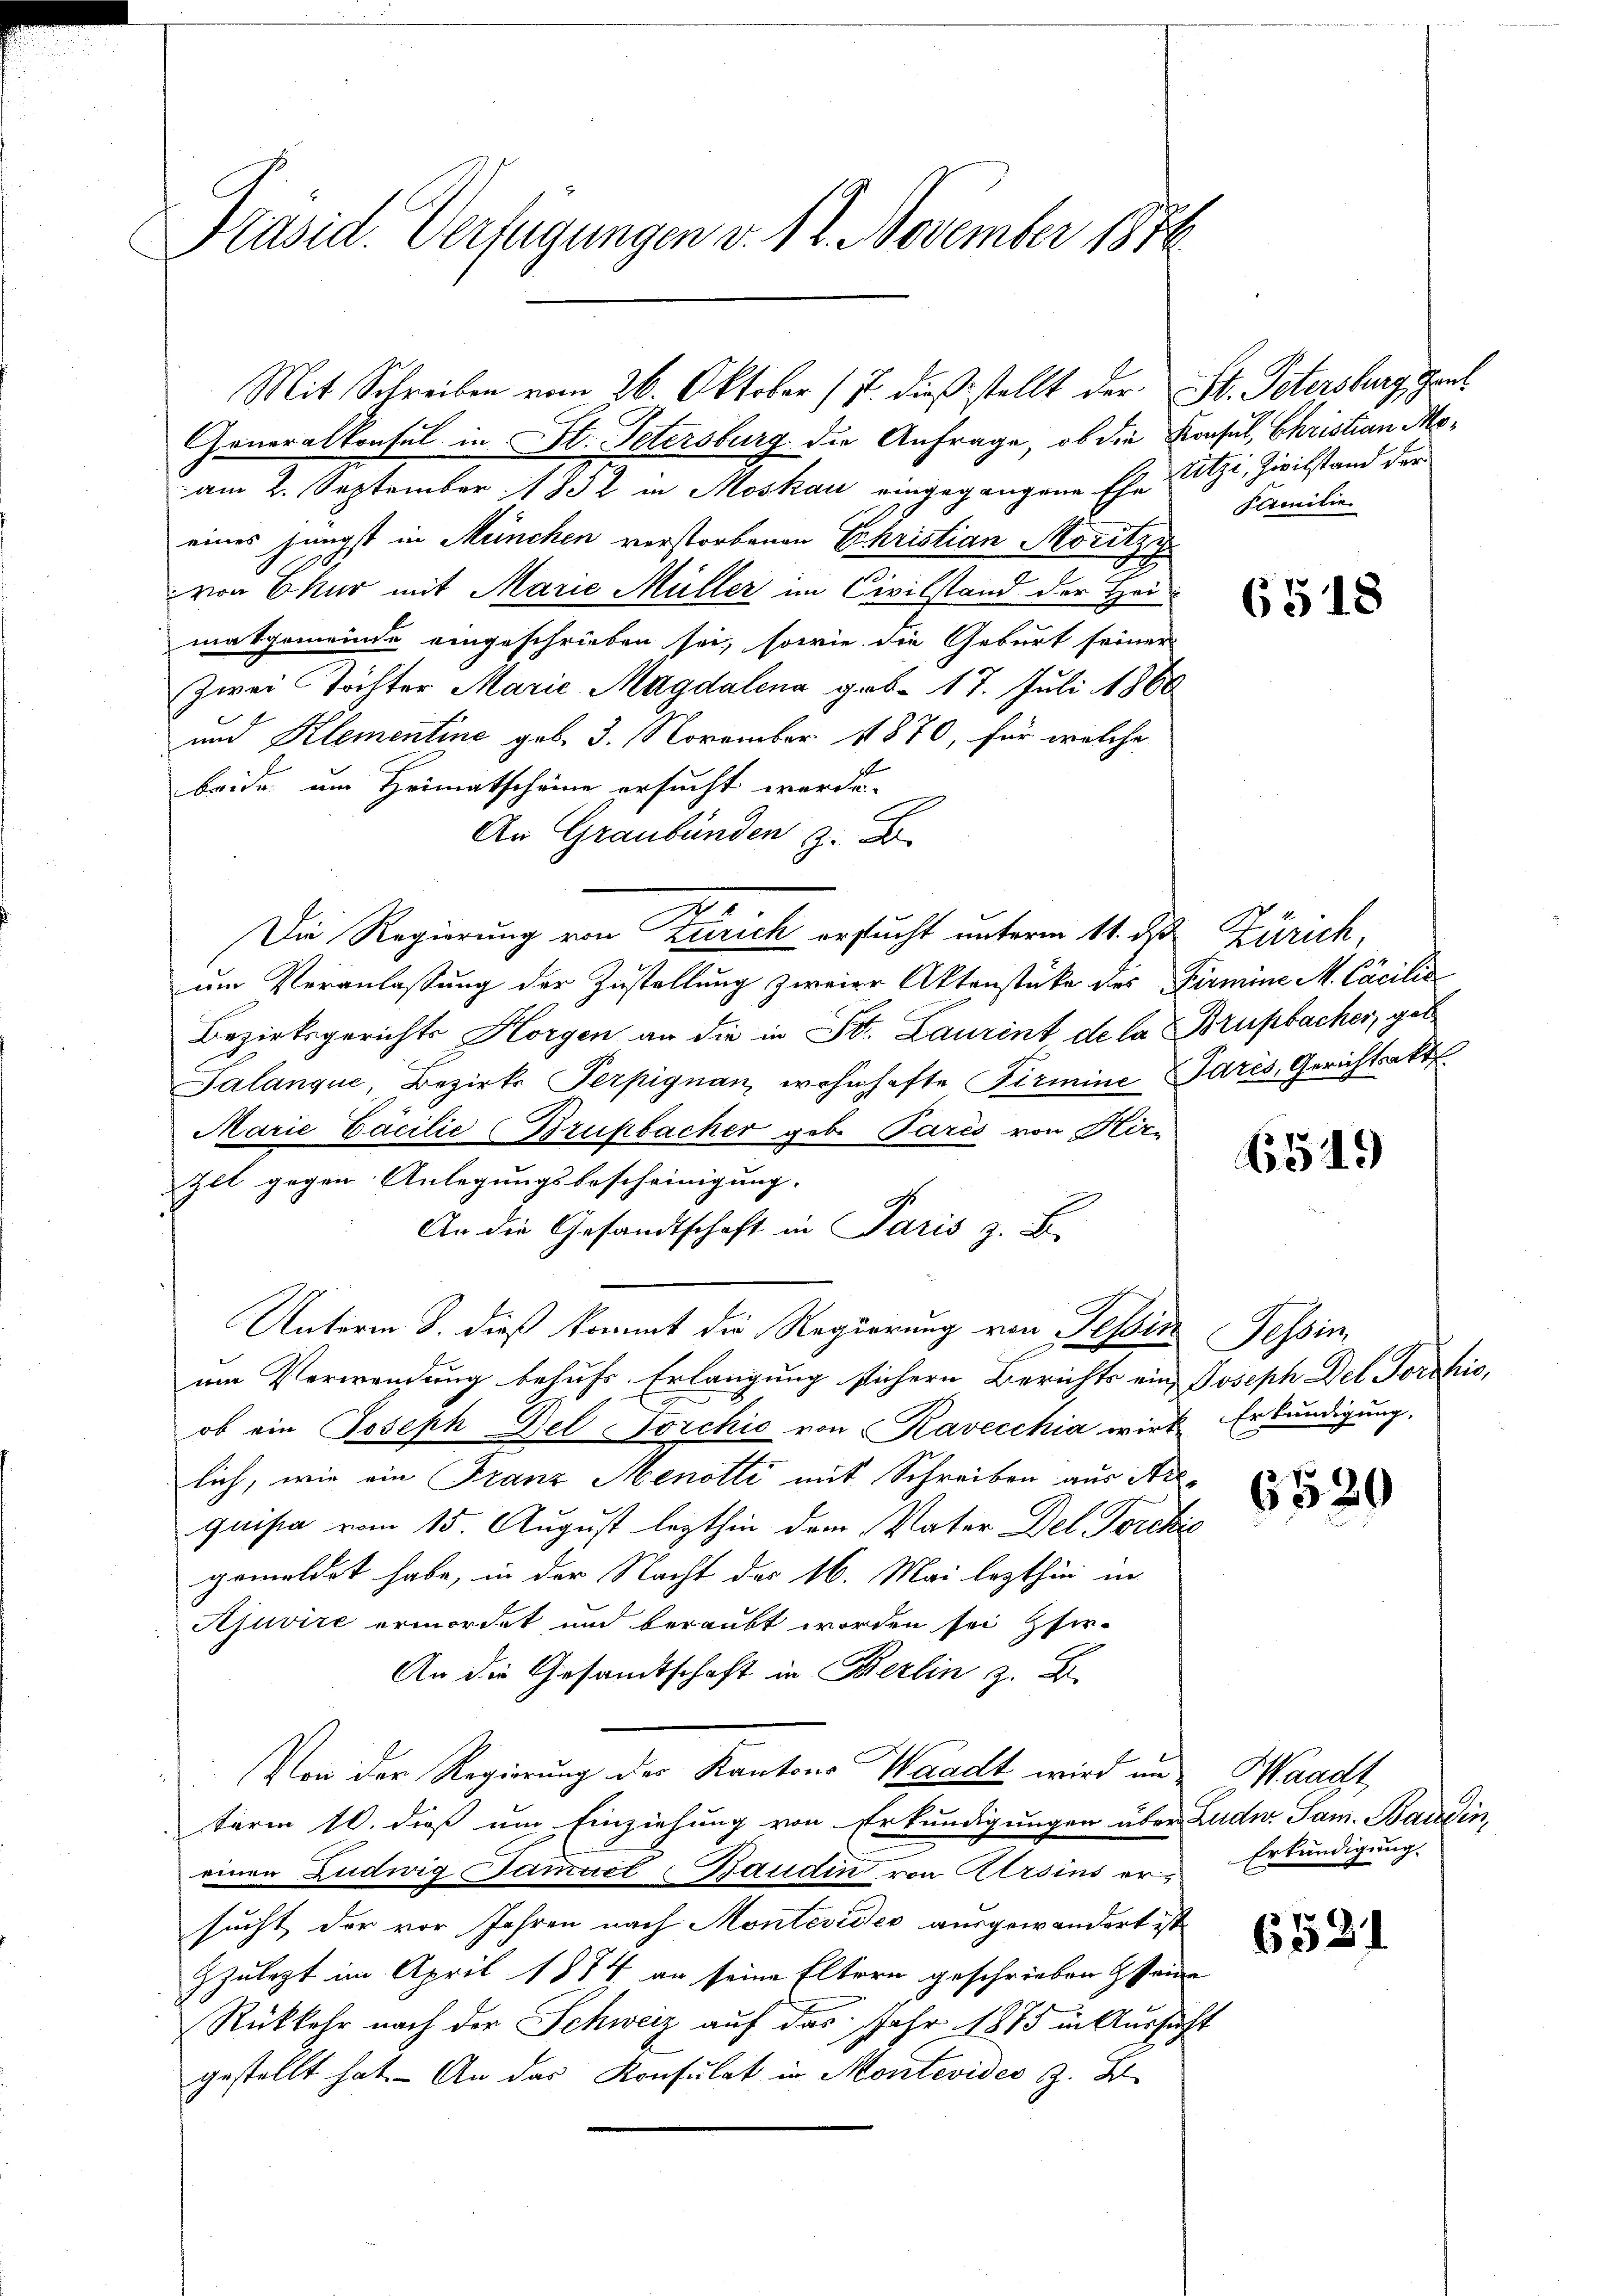
Präsid. Verfügungen v. 12. November 1876.

Mit Schreiben vom 26. Oktober (7 dieß stellt der St. Petersburg, Gant

Generalkonsul in St. Petersburg die Anfrage, ob die Konsul, Christian Moam 2. September 1852 in Moskau eingegangene Ehe Witzi, Zivilstand der
eines jüngst in München verstorbenen Ehristian Moritze
von Ekur mit Marie Müller im Civilstand der Hei
matgemeinde eingeschrieben sei, sowie die Geburt seiner
Zwei Töchter Marie Magdalena geb. 17. Juli 1860
und Klementine geb. 3. November 1870, für welche
beide am Heimatscheine ersucht werde.
An Graubünden z. B.
Die Regierung von Zürich ersucht unterm 11. ds. Zürich,
um Veranlassung der Zustellung zweier Aktenstücke des Firmine M. Cäcilia
Bezirksgerichts Horgen an die in St. Laurent de la Brupbacher, geb
Galanque, Bezirks Terpignan, wohnhafte Firmine Paris, Gerichtsakt
Marie Facilie Brukbacher geb. Paris von Hir¬
Zll gegen Anlegungsbescheinigung. |
An die Gesandtschaft in Paris z. B.
Unterm 8. dieß kommt die Regierung von Tessin Tessin,
um Verwendung behufs Erlangung sichern Berichts ein Joseph Del Torshio,
ob ein Joseph Del Forchio von Kavecchia wirk Erkundigung,
lich, wie ein Franz Menotti mit Schreiben aus Arquisia vom 15. August lezthin dem Vater Del Torckić
gemeldet habe, in der Nacht des 16. Mai lezthin in
Ajuvire ermordet und beraubt worden sei zfir-
An die Gesandtschaft in Berlin z. B.
Von der Regierung der Kantons Waadt wird un
term 10. dieß um Einziehung von Erkundigungen über Ludw. Jan. Baulin,
einen Ludwig Samuel Baudin von Arsins ersucht der vor Jahren nach Montevider ausgewandert ist
zulezt im April 1884 an seine Eltern geschrieben seine
Rükkehr nach der Schweiz auf das Jahr 1875 in Aussicht
gestellt hat. An das Konsulat in Montevides z. B.

Permilie

6518

6519

6520

SWaadt
Erkundigung.

6521